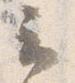
云